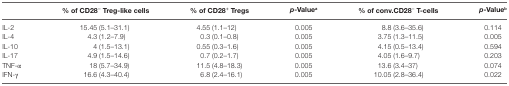
<table><thead><tr><td></td><td><b>% of CD28<sup>−</sup> Treg-like cells</b></td><td><b>% of CD28<sup>+</sup> Tregs</b></td><td><b><i>p</i>-Value<sup>a</sup></b></td><td><b>% of conv.CD28<sup>−</sup> T-cells</b></td><td><b><i>p</i>-Value<sup>b</sup></b></td></tr></thead><tbody><tr><td>IL-2</td><td>15.45 (5.1–31.1)</td><td>4.55 (1.1–12)</td><td>0.005</td><td>8.8 (3.6–35.6)</td><td>0.114</td></tr><tr><td>IL-4</td><td>4.3 (1.2–7.9)</td><td>0.3 (0.1–0.8)</td><td>0.005</td><td>3.75 (1.3–11.5)</td><td>0.005</td></tr><tr><td>IL-10</td><td>4 (1.5–13.1)</td><td>0.55 (0.3–1.6)</td><td>0.005</td><td>4.15 (0.5–13.4)</td><td>0.594</td></tr><tr><td>IL-17</td><td>4.9 (1.5–14.6)</td><td>0.7 (0.2–1.7)</td><td>0.005</td><td>4.05 (1.6–9.7)</td><td>0.203</td></tr><tr><td>TNF-α</td><td>18 (5.7–34.9)</td><td>11.5 (4.8–18.3)</td><td>0.005</td><td>13.6 (3.4–37)</td><td>0.074</td></tr><tr><td>IFN-γ</td><td>16.6 (4.3–40.4)</td><td>6.8 (2.4–16.1)</td><td>0.005</td><td>10.05 (2.8–36.4)</td><td>0.022</td></tr></tbody></table>